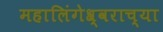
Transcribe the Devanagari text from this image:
महालिंगेश्र्वराच्या